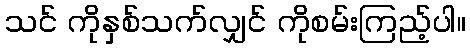
သင် ကိုနှစ်သက်လျှင် ကိုစမ်းကြည့်ပါ။